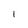
Character: 1